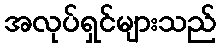
အလုပ်ရှင်များသည်